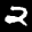
Label: 2